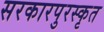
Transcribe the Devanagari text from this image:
सरकारपुरस्कृत